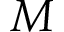
M